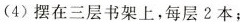
（4）摆在三层书架上，每层2本；